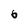
Character: b